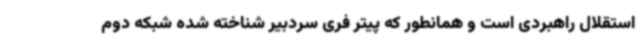
استقلال راهبردی است و همانطور که پیتر فری سردبیر شناخته شده شبکه دوم